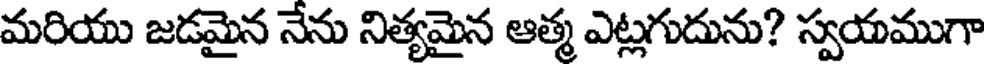
మరియు జడమైన నేను నిత్యమైన ఆత్మ ఎట్లగుదును? స్వయముగా